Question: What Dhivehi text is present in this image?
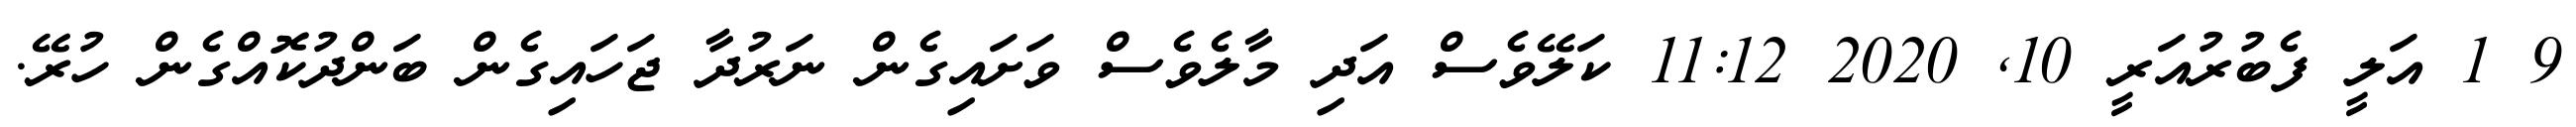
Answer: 9 1 އަލީ ފެބުރުއަރީ 10, 2020 11:12 ކަލޭވެސް އަދި މާލެވެސް ވަށައިގެން ނަރުދާ ޖަހައިގެން ބަންދުކޮއްގެން ހުރޭ.